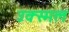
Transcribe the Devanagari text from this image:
उक्स्मल